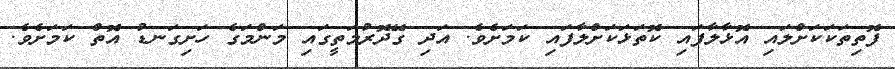
ފޮތިތަކަކަށްލައި އޮޅާލާފައި ކޮތަޅަކަށްލާފައި ކަމަށެވެ. އަދި ގޭދޮރުމަތީގައި މަންމަގެ ހަށިގަނޑު އޮތް ކަމަށެވެ.